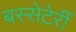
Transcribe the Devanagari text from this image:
बस्सेटेर्री